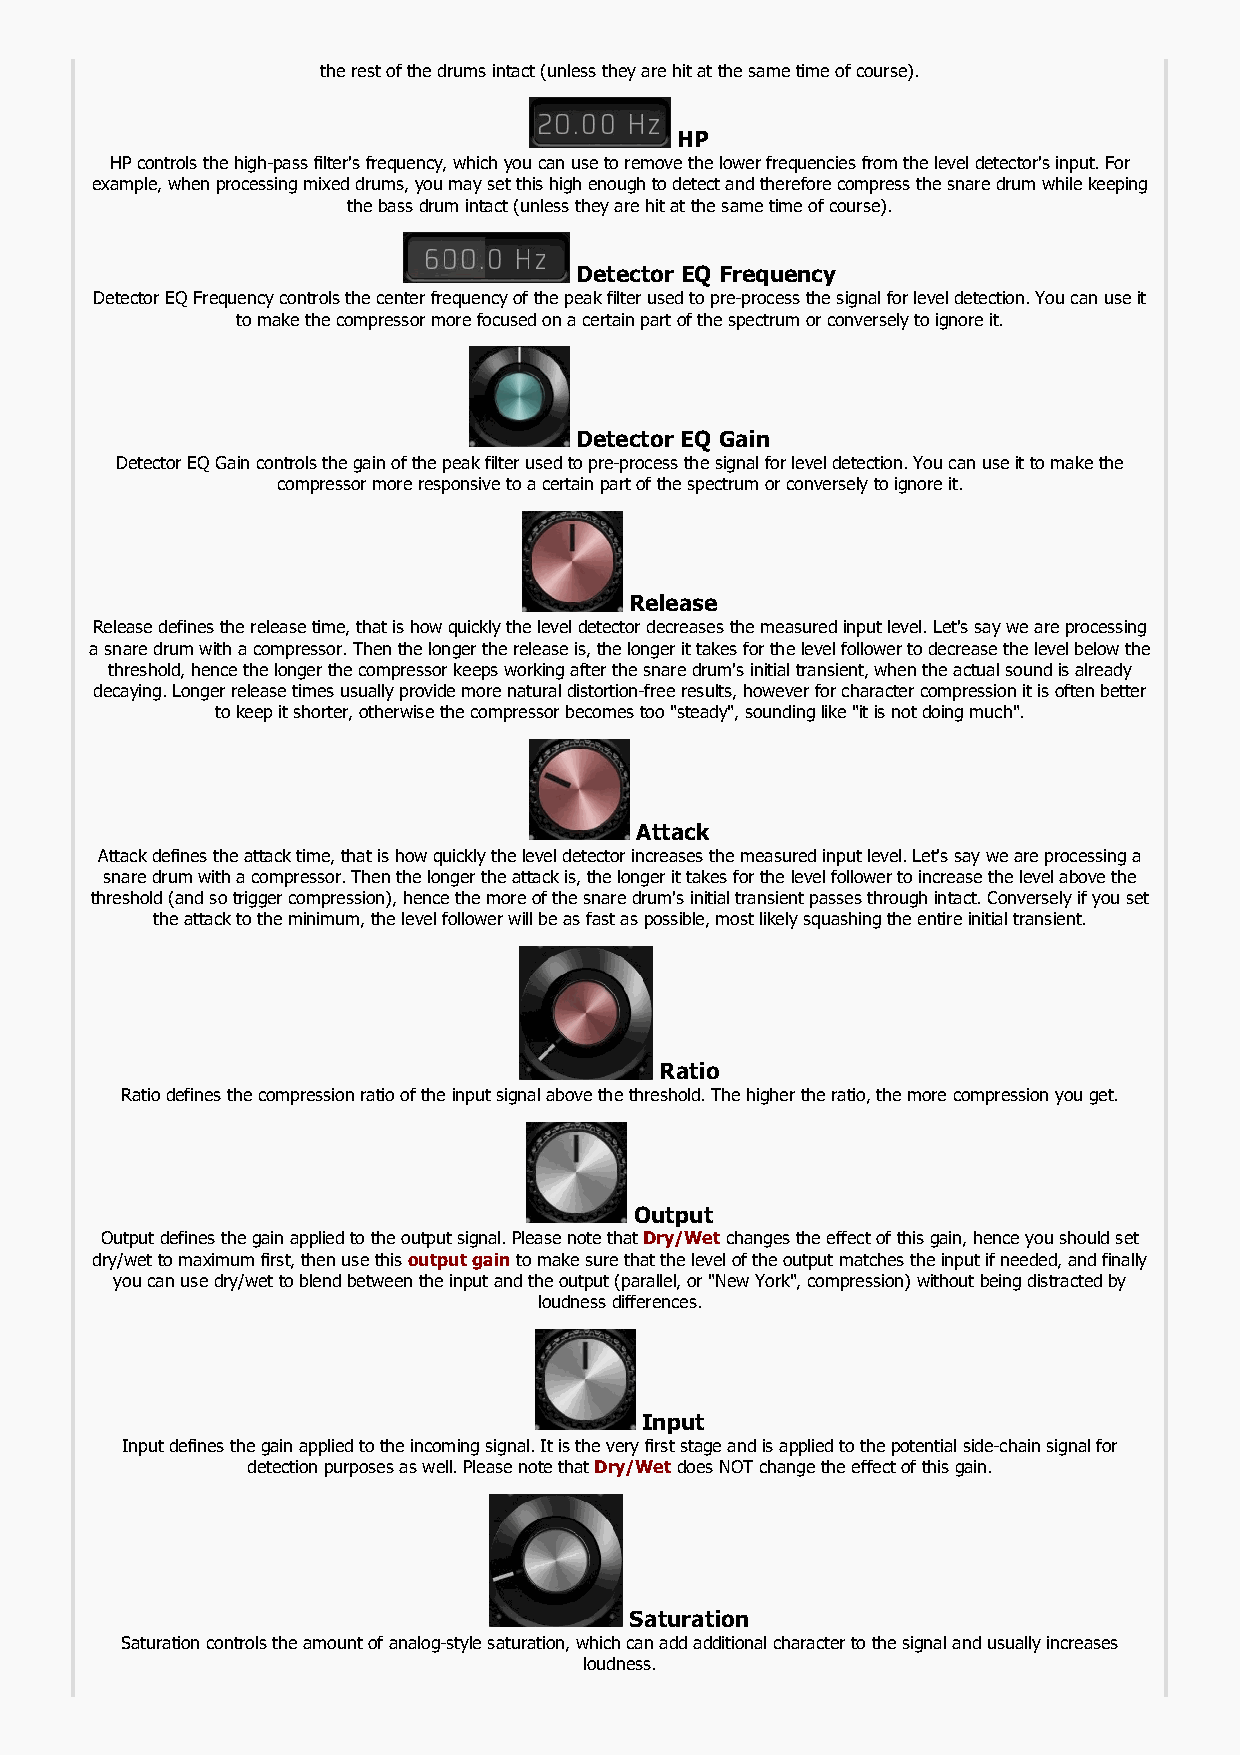
the rest of the drums intact (unless they are hit at the same time of course).
 HP
 HP controls the high-pass filter's frequency, which you can use to remove the lower frequencies from the level detector's input. For
 example, when processing mixed drums, you may set this high enough to detect and therefore compress the snare drum while keeping
 the bass drum intact (unless they are hit at the same time of course).
 Detector EQ Frequency
 Detector EQ Frequency controls the center frequency of the peak filter used to pre-process the signal for level detection. You can use it
 to make the compressor more focused on a certain part of the spectrum or conversely to ignore it.
 Detector EQ Gain
 Detector EQ Gain controls the gain of the peak filter used to pre-process the signal for level detection. You can use it to make the
 compressor more responsive to a certain part of the spectrum or conversely to ignore it.
 Release
 Release defines the release time, that is how quickly the level detector decreases the measured input level. Let's say we are processing
 a snare drum with a compressor. Then the longer the release is, the longer it takes for the level follower to decrease the level below the
 threshold, hence the longer the compressor keeps working after the snare drum's initial transient, when the actual sound is already
 decaying. Longer release times usually provide more natural distortion-free results, however for character compression it is often better
 to keep it shorter, otherwise the compressor becomes too "steady", sounding like "it is not doing much".
 Attack
 Attack defines the attack time, that is how quickly the level detector increases the measured input level. Let's say we are processing a
 snare drum with a compressor. Then the longer the attack is, the longer it takes for the level follower to increase the level above the
 threshold (and so trigger compression), hence the more of the snare drum's initial transient passes through intact. Conversely if you set
 the attack to the minimum, the level follower will be as fast as possible, most likely squashing the entire initial transient.
 Ratio
 Ratio defines the compression ratio of the input signal above the threshold. The higher the ratio, the more compression you get.
 Output
 Output defines the gain applied to the output signal. Please note that Dry/Wet changes the effect of this gain, hence you should set
 dry/wet to maximum first, then use this output gain to make sure that the level of the output matches the input if needed, and finally
 you can use dry/wet to blend between the input and the output (parallel, or "New York", compression) without being distracted by
 loudness differences.
 Input
 Input defines the gain applied to the incoming signal. It is the very first stage and is applied to the potential side-chain signal for
 detection purposes as well. Please note that Dry/Wet does NOT change the effect of this gain.
 Saturation
 Saturation controls the amount of analog-style saturation, which can add additional character to the signal and usually increases
 loudness.